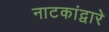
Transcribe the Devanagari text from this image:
नाटकांद्वारे